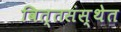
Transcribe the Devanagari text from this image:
वित्तसंस्थेत